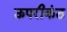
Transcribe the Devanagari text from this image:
ऊपरीकंठ